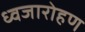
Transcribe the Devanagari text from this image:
ध्‍वजारोहण